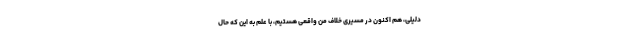
دلیلی، هم اکنون در مسیری خلاف من واقعی هستیم، با علم به این که حال